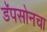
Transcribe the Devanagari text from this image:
डॅपसोनचा